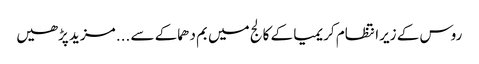
روس کے زیرانتظام کریمیا کے کالج میں بم دھماکے سے ... مزید پڑھیں